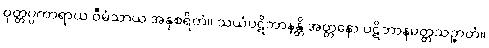
ဝုတ္တပ္ပကာရာယ ဝီမံသာယ အနုစရိတံ။ သယံပဋိဘာနန္တိ အတ္တနော ပဋိဘာနမတ္တသဉ္ဇာတံ။